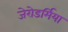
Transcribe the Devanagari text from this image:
जेरोडर्मिया